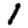
Digit: 1